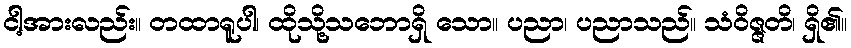
ငါ့အားလည်း။ တထာရူပါ၊ ထိုသို့သဘောရှိ သော။ ပညာ၊ ပညာသည်။ သံဝိဇ္ဇတိ၊ ရှိ၏။